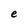
Character: e